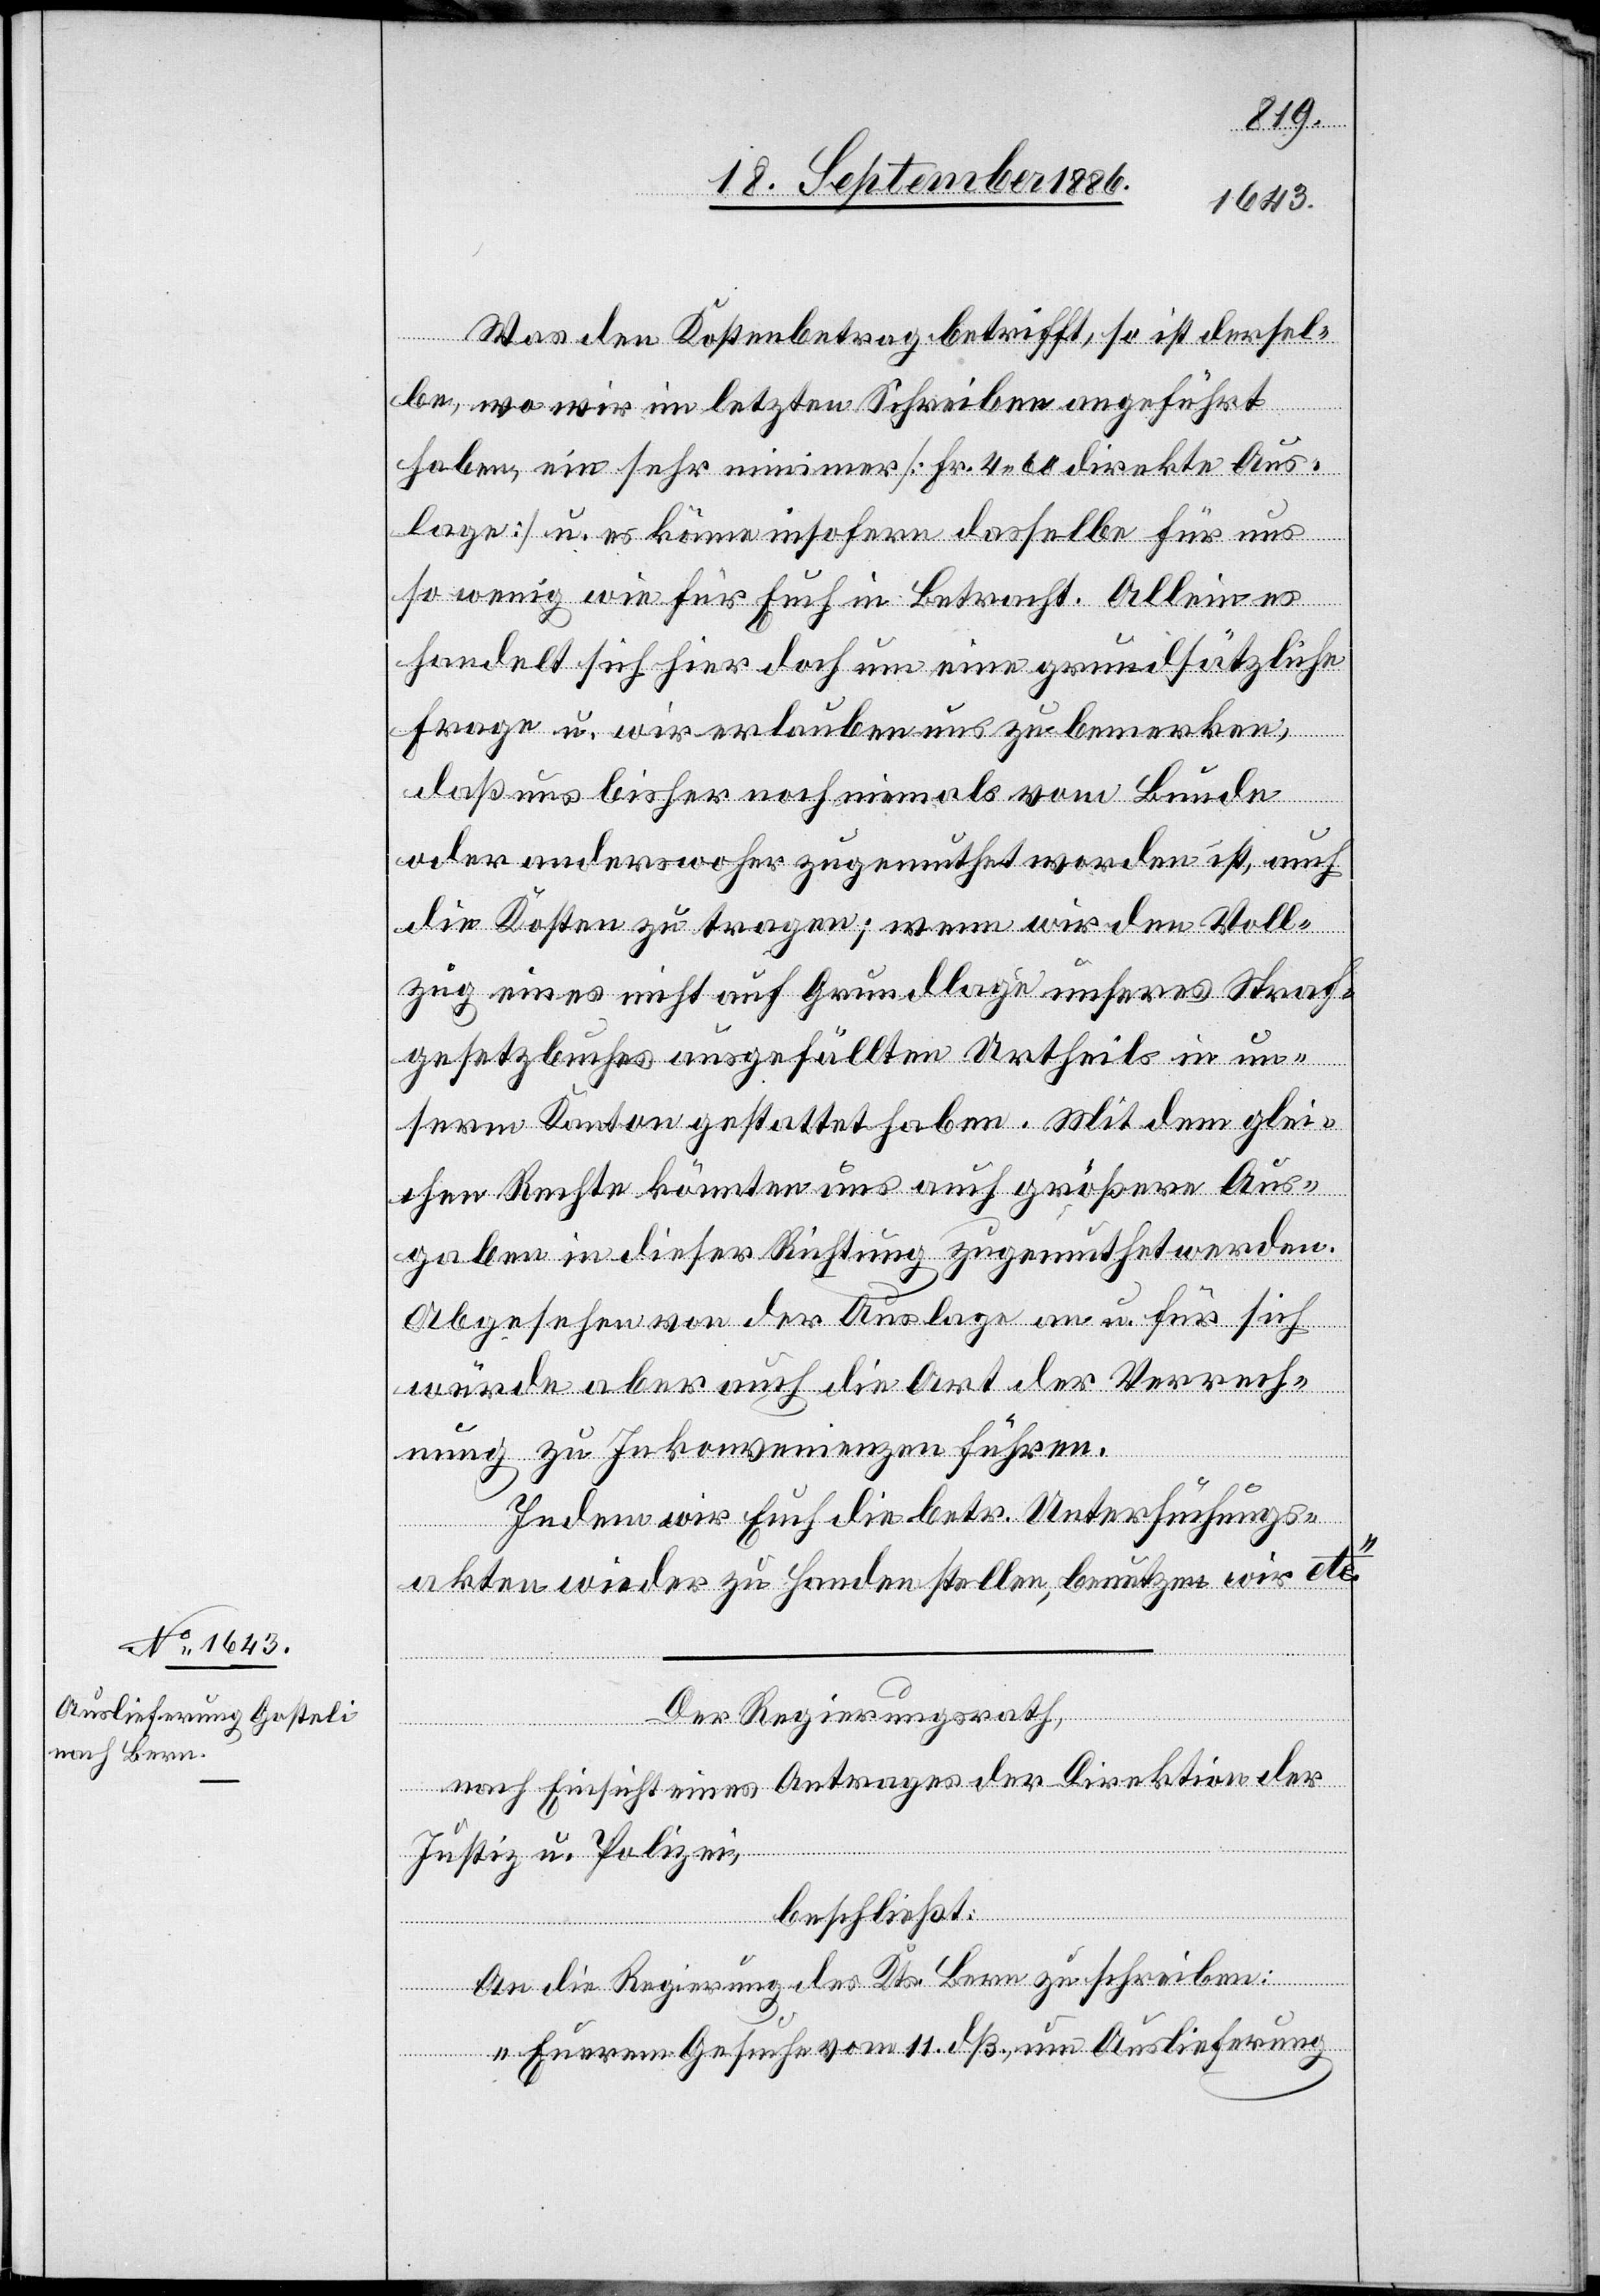
Was den Kostenbetrag betrifft, so ist dersel¬
be, wo [sic!] wir im letzten Schreiben angeführt
haben, ein sehr minimes [Fr. 4 60 direkte Aus¬
lage] u. es käme insofern dasselbe für uns
so wenig wie für Euch in Betracht. Allein es
handelt sich hier doch um eine grundsätzliche
Frage u. wir erlauben uns zu bemerken,
daß uns bisher noch niemals vom Bunde
oder anderswoher zugemuthet worden ist, auch
die Kosten zu tragen; wenn wir den Voll¬
zug eines nicht auf Grundlage unseres Straf¬
gesetzbuches ausgefällten Urtheils in un¬
serm Kanton gestattet haben. Mit dem glei¬
chen Rechte könnten uns auch größere Aus¬
gaben in dieser Richtung zugemuthet werden.
Abgesehen von der Auslage an u. für sich
würde aber auch die Art der Verrech¬
nung zu Inkonvenienzen führen.
Indem wir Euch die betr. Untersuchungs¬
akten wieder zu Handen stellen, benutzen wir etc.“
Der Regierungsrath,
nach Einsicht eines Antrages der Direktion der
Justiz u. Polizei,
beschließt:
An die Regierung des Kts. Bern zu schreiben:
„Euerem Gesuche vom 11. dß., um Auslieferung